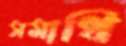
সমাধি